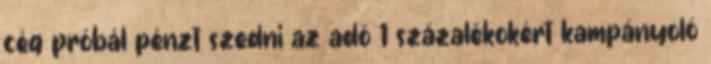
cég próbál pénzt szedni az adó 1 százalékokért kampányoló